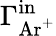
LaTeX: \Gamma_{\mathrm{Ar^{+}}}^{\mathrm{in}}